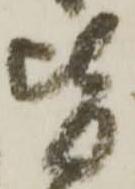
皆